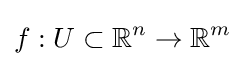
f:U\subset \mathbb {R} ^{n}\to \mathbb {R} ^{m}